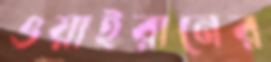
ওয়াইরানের